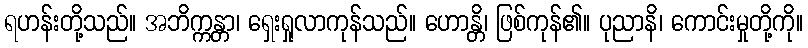
ရဟန်းတို့သည်။ အဘိက္ကန္တာ၊ ရှေးရှုလာကုန်သည်။ ဟောန္တိ၊ ဖြစ်ကုန်၏။ ပုညာနိ၊ ကောင်းမှုတို့ကို။